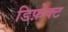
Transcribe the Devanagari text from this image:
डिफ़ेक्ट